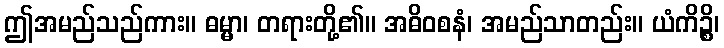
ဤအမည်သည်ကား။ ဓမ္မာ၊ တရားတို့၏။ အဓိဝစနံ၊ အမည်သာတည်း။ ယံကိဉ္စိ၊